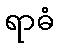
ရာဓံ